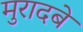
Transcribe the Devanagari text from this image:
मुरादबे